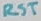
Text: RST